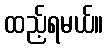
ထည့်ရမယ်။